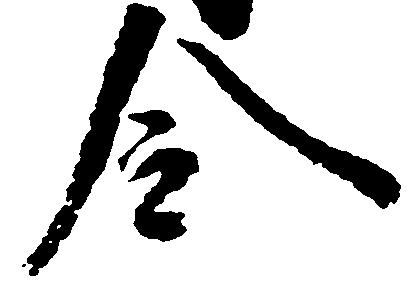
令